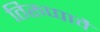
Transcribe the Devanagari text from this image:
तिरुप्पावै